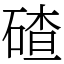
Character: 碴